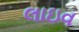
લાઇવ